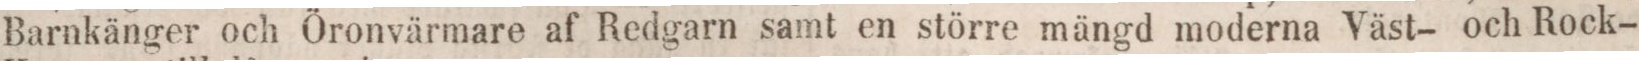
Barnkänger och Öronvärmare af Redgarn samt en större mängd moderna Väst- och Rock-